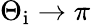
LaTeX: \Theta_{\mathrm{i}}\to\pi